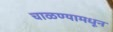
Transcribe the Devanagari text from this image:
चाळण्यामधून